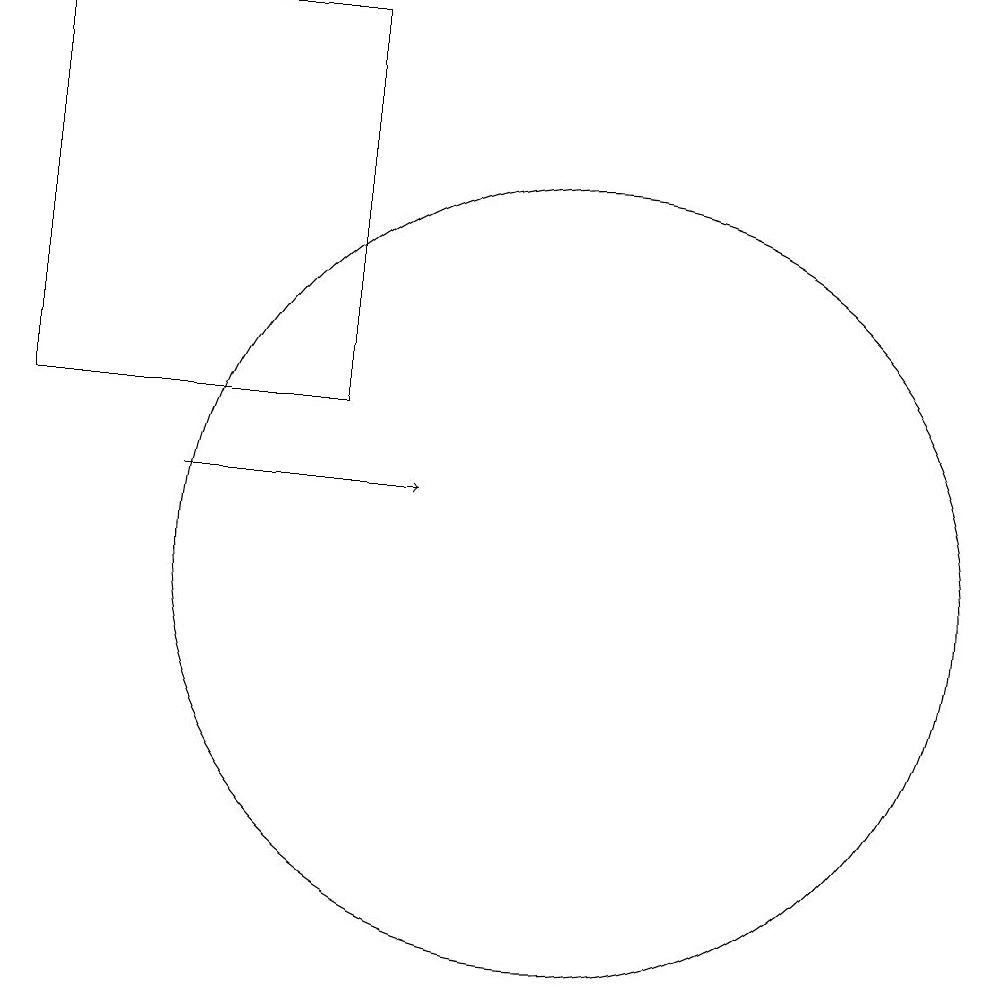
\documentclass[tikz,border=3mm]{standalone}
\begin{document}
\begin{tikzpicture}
\draw (3,18) rectangle (7,13);
\draw[->] (5,12) -- (8,12);
\draw (10,11) circle (5);
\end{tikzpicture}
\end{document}